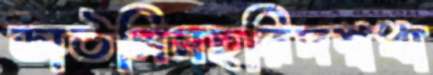
ডাউলিনহরিদশ্বধা